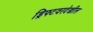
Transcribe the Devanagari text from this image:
ड्रिफ्टवरदेखील